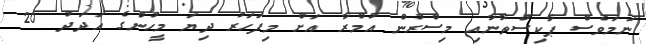
ނަމަވެސް ޕާކިސްތާނާއި މިސްރުން އުމްރާ އަށް މިފަހަރު ދިޔަ މީހުންގެ އަދަދު 20